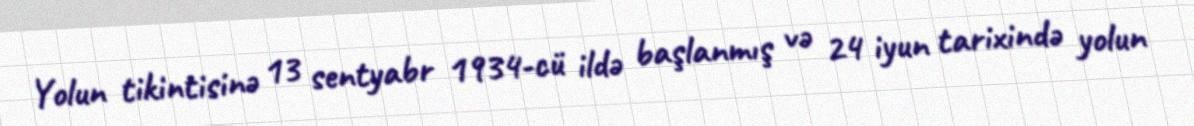
Yolun tikintisinə 13 sentyabr 1934-cü ildə başlanmış və 24 iyun tarixində yolun